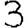
Digit: 3